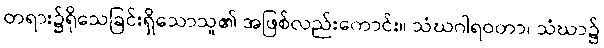
တရား၌ရိုသေခြင်းရှိသောသူ၏ အဖြစ်လည်းကောင်း။ သံဃဂါရဝတာ၊ သံဃာ၌